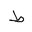
Letter: _da